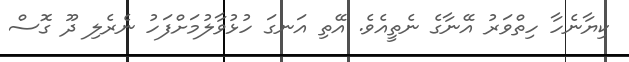
ކިޔާނެހާ ހިތްވަރުު އޭނާގެ ނެތީއެވެ. އޭތި އަނގަ ހުޅުވާލުމަށްފަހު ނެރެލި ދޫ ގޮސް